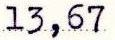
13,67